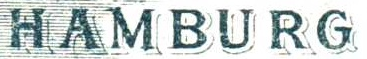
HAMBURG